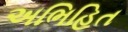
અભિહિત